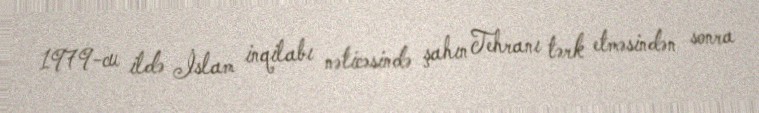
1979-cu ildə İslam inqilabı nəticəsində şahın Tehranı tərk etməsindən sonra